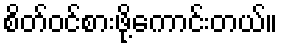
စိတ်ဝင်စားဖို့ကောင်းတယ်။